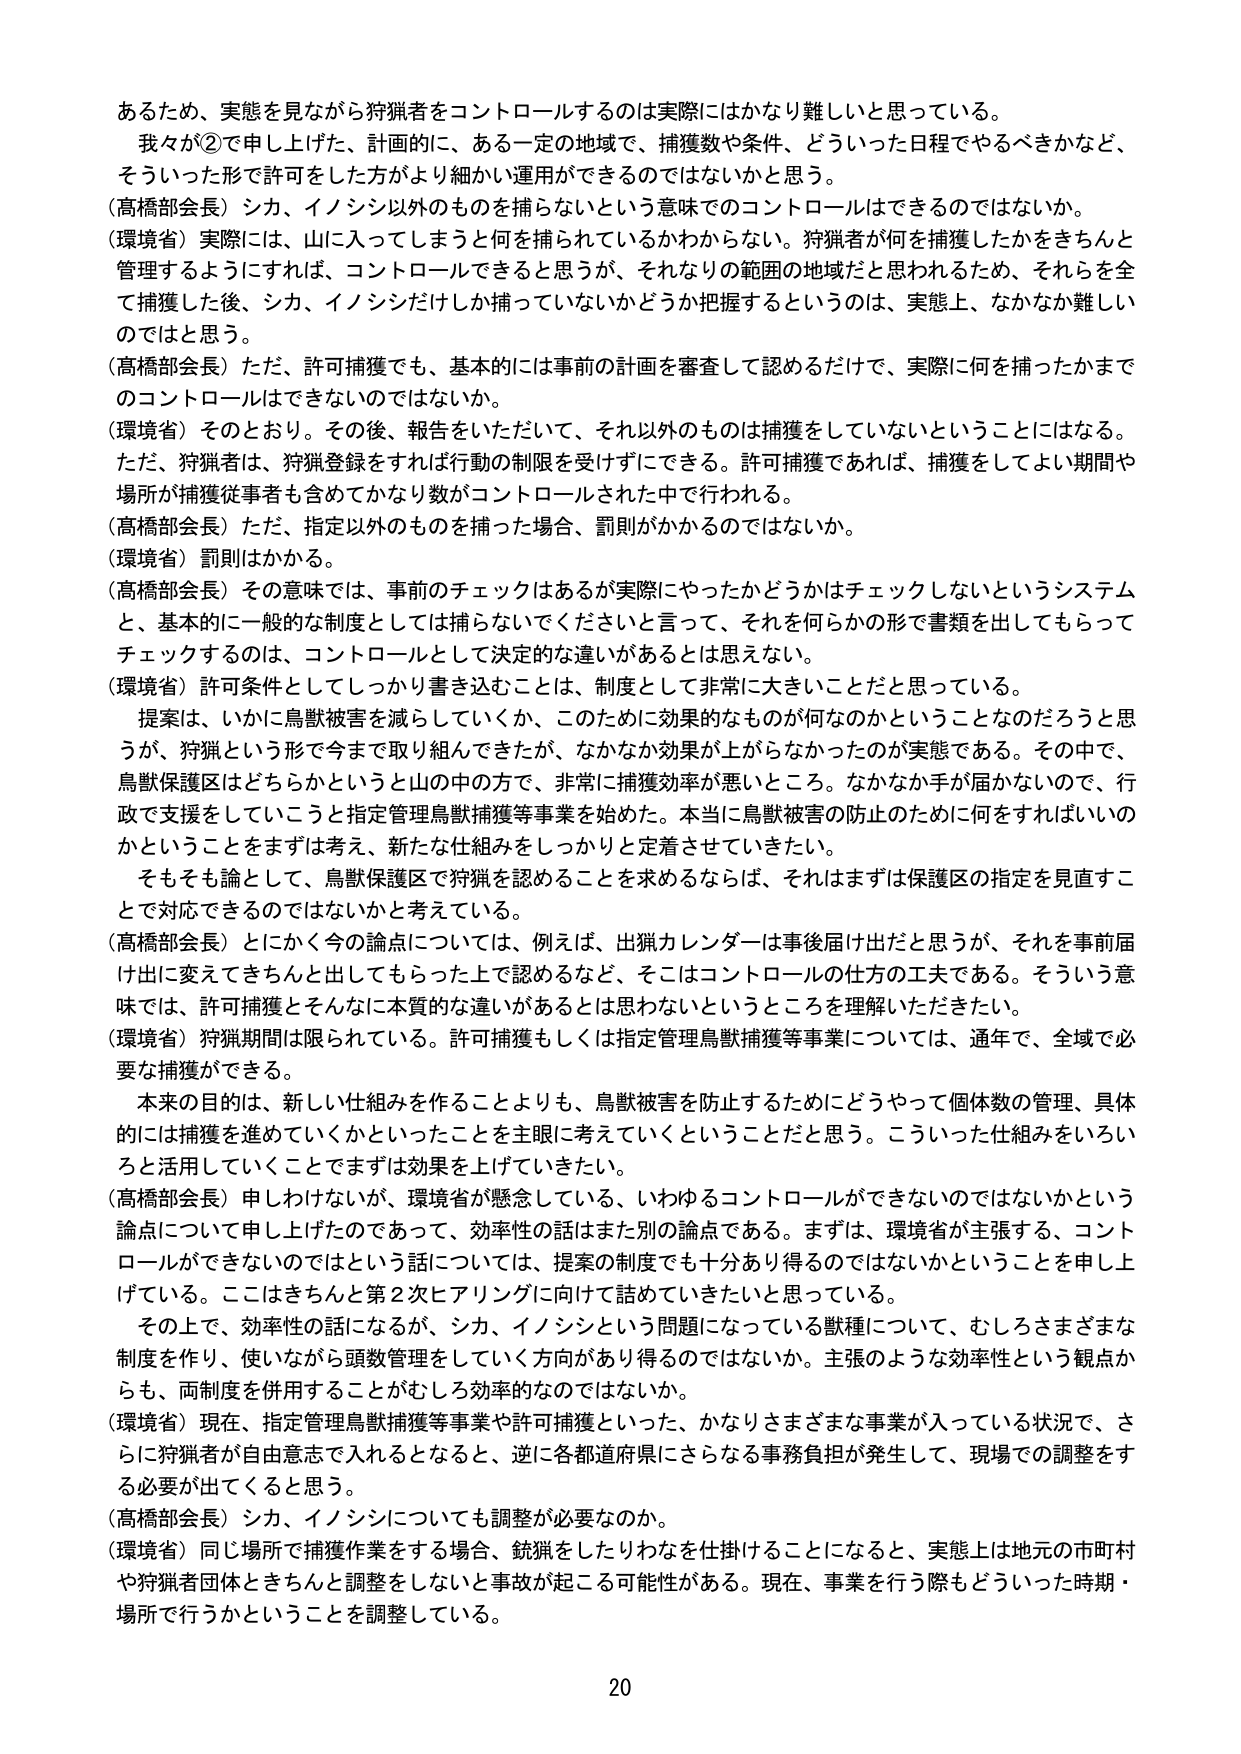
あるため、実態を見ながら狩猟者をコントロールするのは実際にはかなり難しいと思っている。

我々が②で申し上げた、計画的に、ある一定の地域で、捕獲数や条件、どういった日程でやるべきかなど、そういった形で許可をした方がより細かい運用ができるのではないかと思う。

（高橋部会長）シカ、イノシシ以外のものを捕らないという意味でのコントロールはできるのではないか。

（環境省）実際には、山に入ってしまうと何を捕られているのかわからない。狩猟者が何を捕獲したかをきちんと管理するようにすれば、コントロールできると思うが、それなりの範囲の地域だと思われるため、それらを全て捕獲した後、シカ、イノシシだけしか捕っていないかどうか把握するというのは、実態上、なかなか難しいのではと思う。

（高橋部会長）ただ、許可捕獲でも、基本的には事前の計画を審査して認めるだけで、実際に何を捕ったかまでのコントロールはできないのではないか。

（環境省）そのとおり。その後、報告をいただいて、それ以外のものは捕獲をしていないということにはなる。ただ、狩猟者は、狩猟登録をすれば行動の制限を受けずにできる。許可捕獲であれば、捕獲をしてよい期間や場所が捕獲従事者も含めてかなり数がコントロールされた中で行われる。

（高橋部会長）ただ、指定以外のものを捕った場合、罰則がかかるのではないか。

（環境省）罰則はかかる。

（高橋部会長）その意味では、事前のチェックはあるが実際にやったかどうかはチェックしないというシステムと、基本的に一般的な制度としては捕らないでくださいと言って、それを何らかの形で書類を出してもらってチェックするのは、コントロールとして決定的な違いがあるとは思えない。

（環境省）許可条件としてしっかり書き込むことは、制度として非常に大きいことだと思っている。

提案は、いかに鳥獣被害を減らしていくか、このために効果的なものが何なのかということなのだろうと思うが、狩猟という形で今まで取り組んできたが、なかなか効果が上がらなかったのが実態である。その中で、鳥獣保護区はどちらかというと山の中の方で、非常に捕獲効率が悪いところ。なかなか手が届かないのでは、行政で支援をしていこうと指定管理鳥獣捕獲等事業を始めた。本当に鳥獣被害の防止のために何をすればいいのかということをまずは考え、新たな仕組みをしっかりと定着させていきたい。

そもそも論として、鳥獣保護区で狩猟を認めることを求めるならば、それはまずは保護区の指定を見直すことで対応できるのではないかと考えている。

（高橋部会長）とにかく今の論点については、例えば、出猟カレンダーは事後届け出だと思うが、それを事前届け出に変えてきちんと出してもらった上で認めるなど、そこはコントロールの仕方の工夫である。そういう意味では、許可捕獲とそんなに本質的な違いがあるとは思わないというところを理解いただきたい。

（環境省）狩猟期間は限られている。許可捕獲もしくは指定管理鳥獣捕獲等事業については、通年で、全域で必要な捕獲ができる。

本来の目的は、新しい仕組みを作ることよりも、鳥獣被害を防止するためにどうやって個体数の管理、具体的には捕獲を進めていくかといったことを主眼に考えていくということだと思う。こういった仕組みをいろいろと活用していくことでまずは効果を上げていきたい。

（高橋部会長）申しわけないが、環境省が懸念している、いわゆるコントロールができないのではないかという論点について申し上げたのであって、効率性の話はまた別の論点である。まずは、環境省が主張する、コントロールができないのではないかという話については、提案の制度でも十分あり得るのではないかということを申し上げている。ここはきちんと第2次ヒアリングに向けて詰めていきたいと思っている。

その上で、効率性の話になるが、シカ、イノシシという問題になっている獣種について、むしろさまざまな制度を作り、使いながら頭数管理をしていく方向があり得るのではないか。主張のような効率性という観点からも、両制度を併用することがむしろ効率的なのではないか。

（環境省）現在、指定管理鳥獣捕獲等事業や許可捕獲といった、かなりさまざまな事業が入っている状況で、さらに狩猟者が自由意志で入れるとなると、逆に各都道府県にさらなる事務負担が発生して、現場での調整をする必要が出てくると思う。

（高橋部会長）シカ、イノシシについても調整が必要なのか。

（環境省）同じ場所で捕獲作業をする場合、銃猟をしたりわなを仕掛けることになると、実態上は地元の市町村や狩猟者団体ときちんと調整をしないと事故が起こる可能性がある。現在、事業を行う際もどういった時期・場所で行うかということを調整している。

20